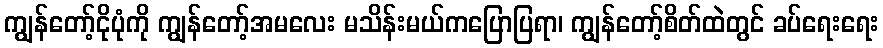
ကျွန်တော့်ငိုပုံကို ကျွန်တော့်အမလေး မသိန်းမယ်ကပြောပြရာ၊ ကျွန်တော့်စိတ်ထဲတွင် ခပ်ရေးရေး